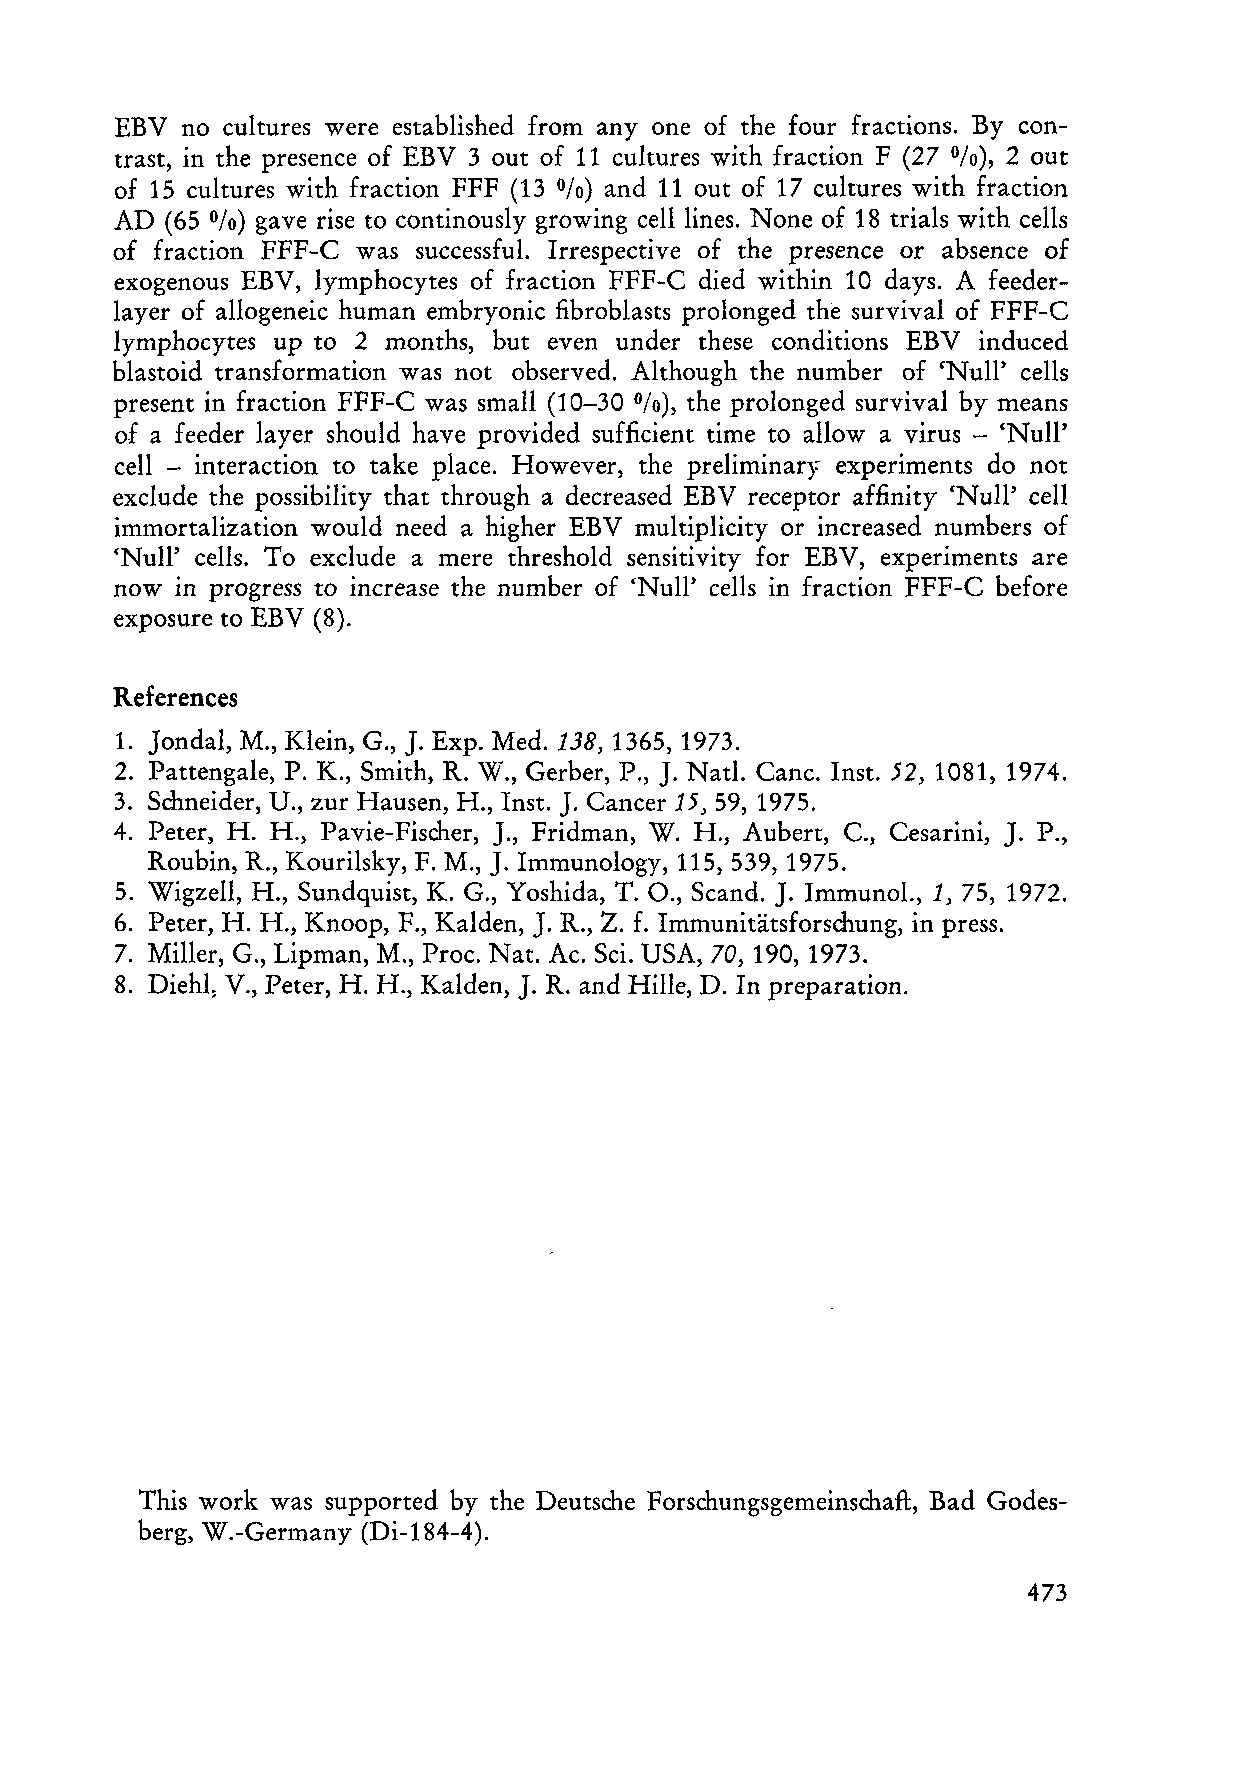
EBV no cultures were established from any one of the four fractions. By con
 trast, in the presence of EBV 3 out of 11 cultures with fraction F (27 0/0), 2 out
 of 15 cultures with fr action FFF (13 %) and 11 out of 17 cultures with fraction
 AD (65 0/0) gave rise to continously growing celliines. None of 18 trials with cells
 of fraction FFF-C was successful. Irrespective of the presence or absence of
 exogenous EBV, lymphocytes of fraction FFF-C died within 10 days. A feeder
 layer of al10geneic human embryonic fibroblasts prolonged the survival of FFF-C
 lymphocytes up to 2 months, but even under these conditions EBV induced
 blastoid transformation was not observed. Although the number of 'Nul1' cells
 present in fraction FFF-C was small (10-30 0/0), the prolonged survival by means
 of a feeder layer should have provided sufficient time to allow a virus - 'Null'
 cell - inter action to take place. However, the preliminary experiments do not
 exclude the possibility that through a decreased EBV receptor affinity 'Null' cell
 immortalization would need a higher EBV multiplicity or increased numbers of
 'Nul1' cells. To exclude a mere threshold sensitivity for EBV, experiments are
 now in progress increase the number of 'Null' cells in fraction FFF-C before
 to
 exposure to EBV (8).
 References
 1. Jondal, M., Klein, G., J. Exp. Med. 138, 1365, 1973.
 2. Pattengale, P. K., Smith, R. W., Gerber, P., ]. Natl. Canc. Inst. 52, 1081, 1974.
 3. Schneider, U., zur Hausen, H., Inst. J. Cancer 15, 59,1975.
 J.
 4. Peter, H. H., Pavie-Fischer, ]., Fridman, W. H., Aubert, C., Cesarini, P.,
 J.
 Roubin, R., Kourilsky, F. M., Immunology, 115, 539, 1975.
 5. Wigzell, H., Sundquist, K. G., Yoshida, T. 0., Scand. ]. Immunol., 1, 75, 1972.
 6. Peter, H. H., Knoop, F., Kalden, J. R., Z. f. Immunitätsforschung, in press.
 7. Miller, G., Lipman, M., Proc. Nat. Ac. Sei. USA, 70, 190, 1973.
 8. Diehl~ V., Peter, H. H., Kalden, J. R. and Hille, D. In preparation.
 This work was supported by the Deutsche Forschungsgemeinschaft, Bad Godes
 berg, W.-Germany (Di-184-4).
 473